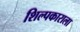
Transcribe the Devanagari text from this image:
शिल्पकाराला